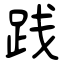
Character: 践